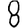
Digit: 8